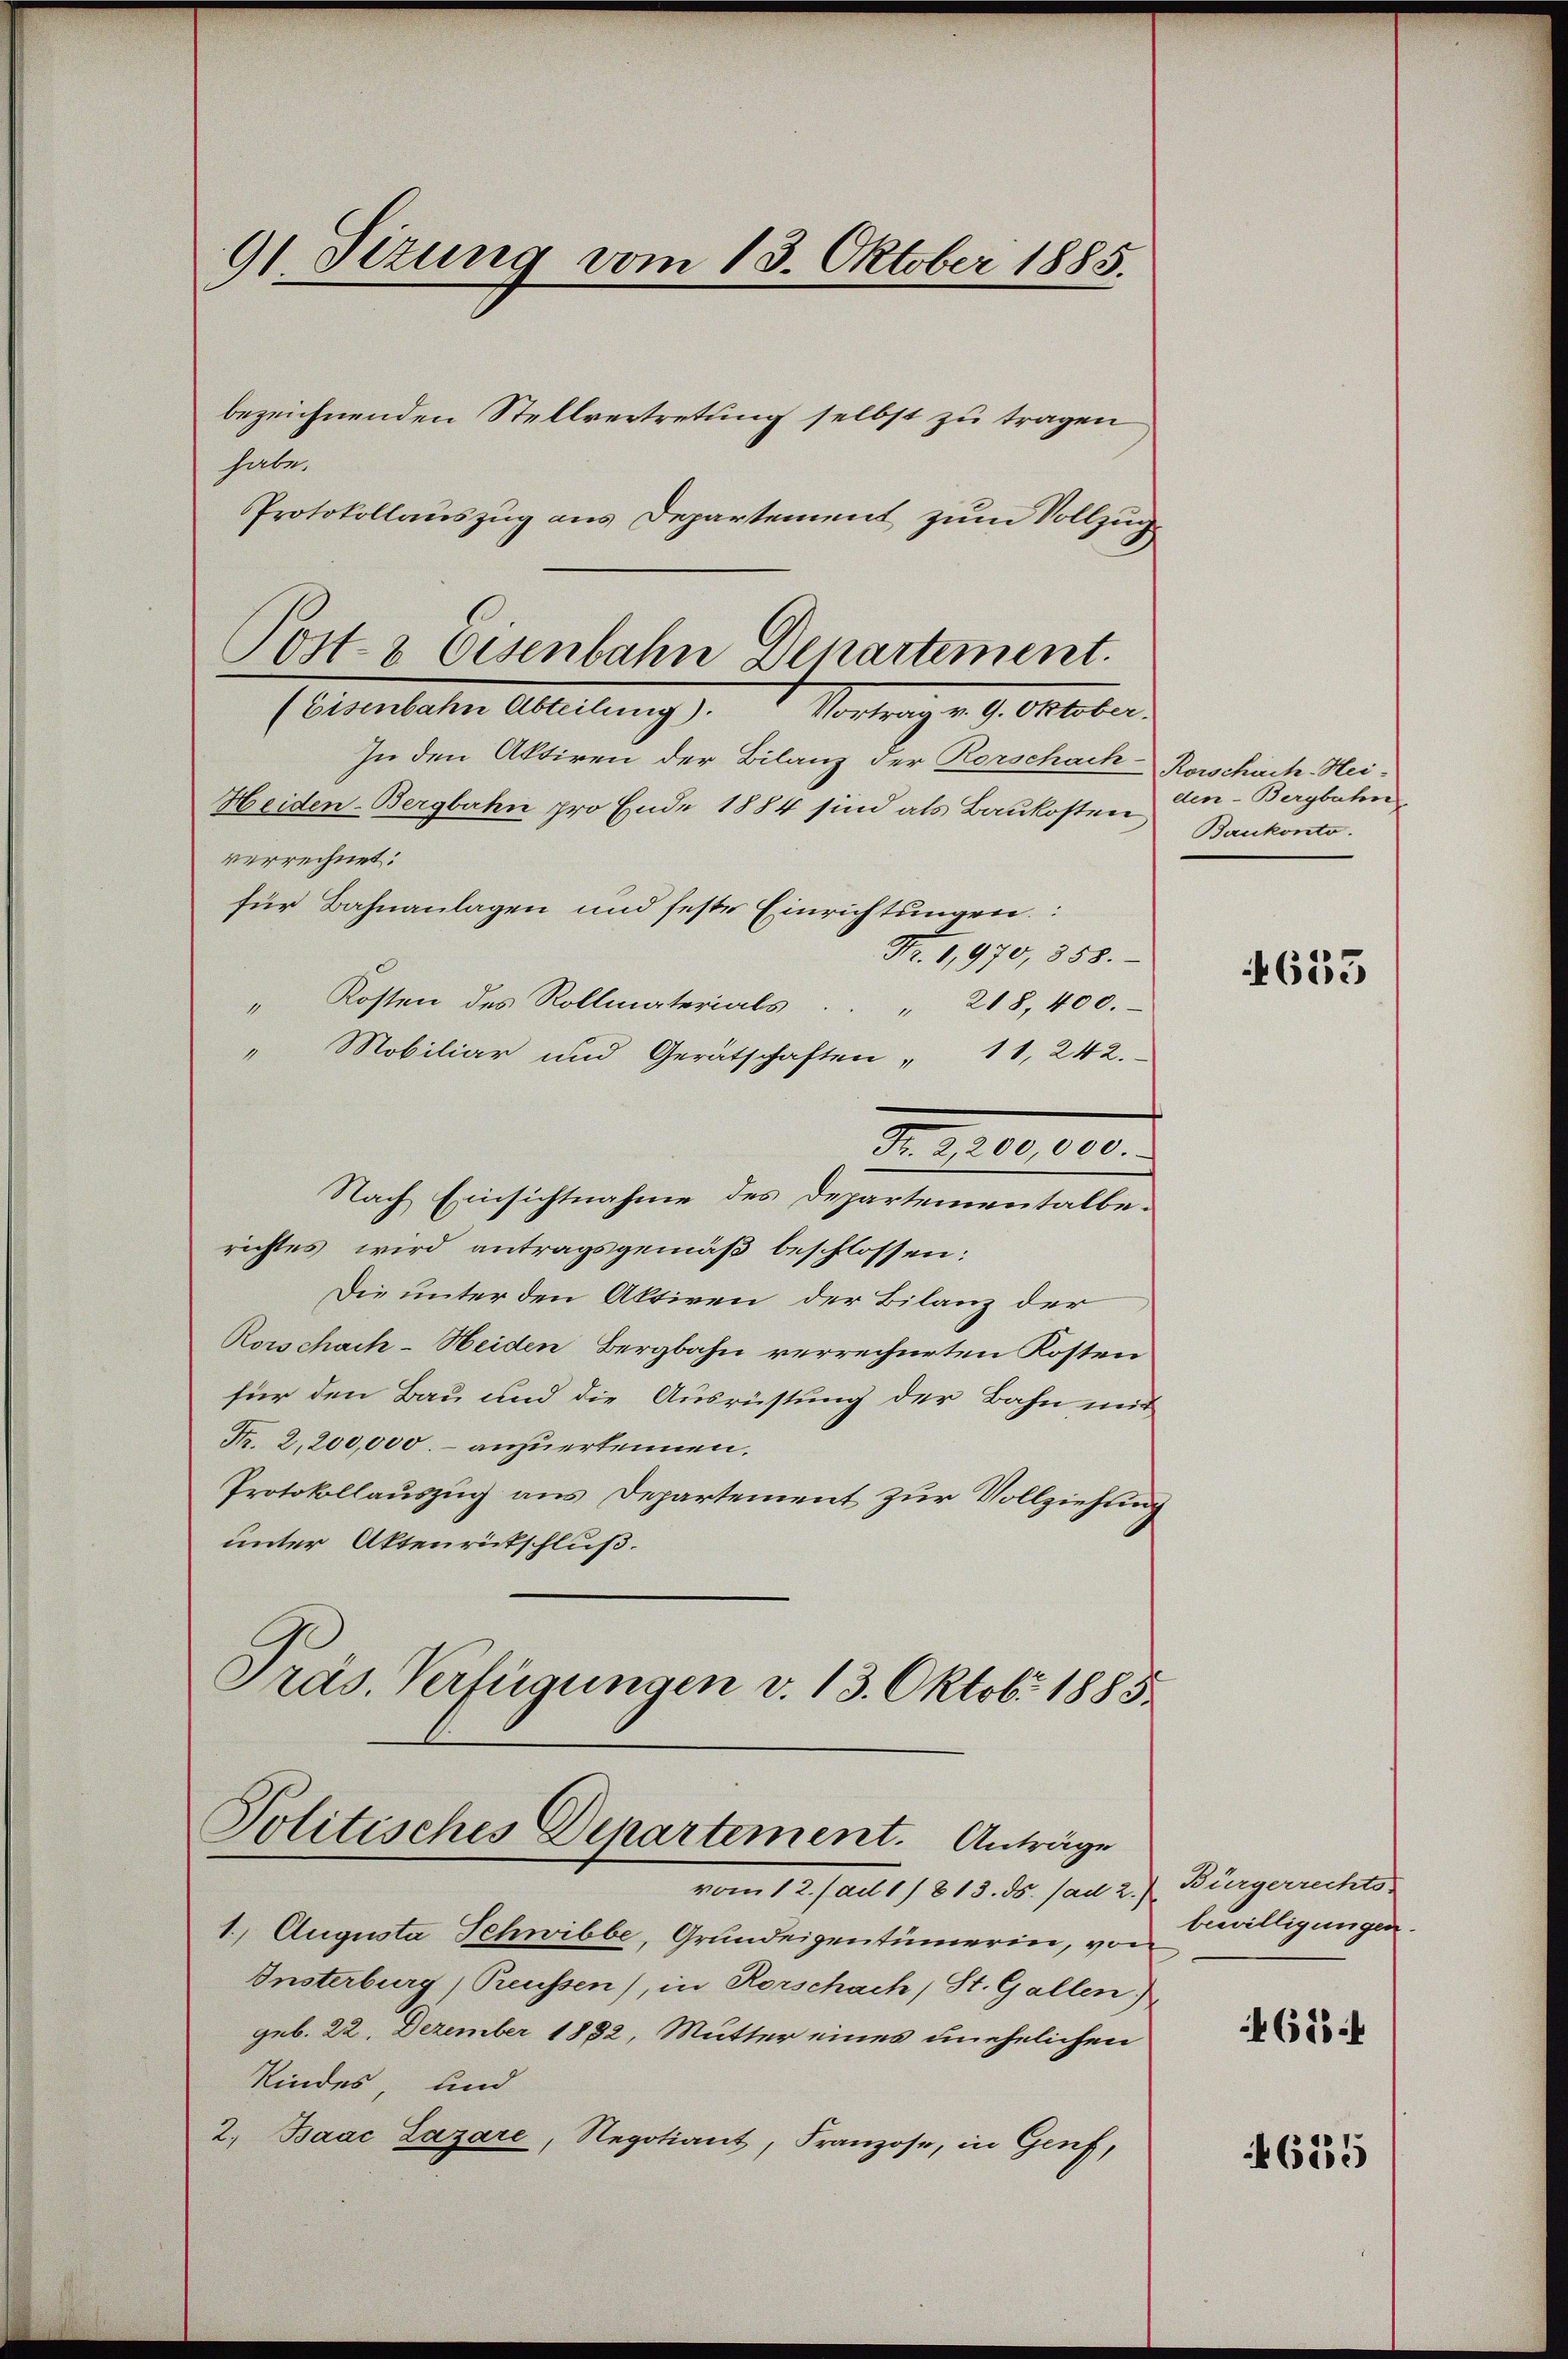
91. Situng vom 13. Oktober 1885.

habe.
Protokollauszug aus Departement zum Vollzug
In den Aktiven der Bilanz der Rorschach Rorschich-Hei-
Heiden-Bergbahn pro Ende 1884 sind als Baukosten
verrechnet:
für Bahnanlagen und feste Einrichtungen.
Fr. 1,970, 358.
" Kosten des Rollmaterials . . " 218, 400.
" Mobiliar und Gerätschaften " 11, 242.
Fr. 2,200,000.
Nach Einsichtnahme des Departementalberichtes wird antragsgemäß beschlossen:
Die unter den Aktiven der Bilanz der
Rorschach-Heiden Bergbahn verrechneten Kosten
für den Bau und die Ausrüstung der Bahn mit
Fr. 2,200,000.– anzuerkennen.
Protokollauszug aus Departement zur Vollziehung
unter Aktenrütschluß.
Präs. Verfügungen v. 13. Oktobr 1885.

bezeichnenden Stellvertretung selbst zu tragen

Post- & Eisenbahn Departement.
(Ernenbachen Abteilung) 1 Vortrags 9. Oktober

Politisches Departement. Anträge

vom 12. Jan. 1813. ds. (ad 2. Bürgerrechts
1 Augusta Schwibbe, Grundeigentümerin, von
Insterburg) Preussen), in Rorschach, St. Gallen)
geb. 22. Dezember 1882, Mutter eines unehelichen
Kindes und
2. Baac Lazare, Regotiant, Franzose, in Genf,

den-Bergbahn
Baukonto.

653

bewilligungen.
4615 f

46255